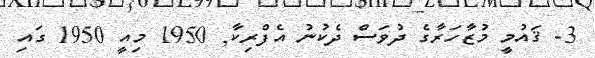
3- ޤައުމީ މުޒާހަރާގެ ދުވަސް ދެކުނު އެފްރިކާ